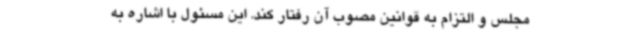
مجلس و التزام به قوانین مصوب آن رفتار کند. این مسئول با اشاره به